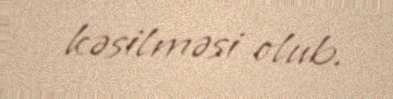
kəsilməsi olub.